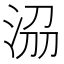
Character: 𣴀